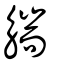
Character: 𧤗